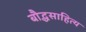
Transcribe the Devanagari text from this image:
बौद्धसाहित्य